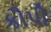
કૌપી